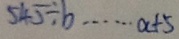
5 4 5 \div b \cdots a + 5